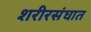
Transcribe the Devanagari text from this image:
शरीरसंघात